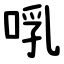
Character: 啂